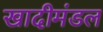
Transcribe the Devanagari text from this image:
खादीमंडल